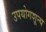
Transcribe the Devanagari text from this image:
उपयोगशून्य